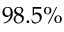
9 8 . 5 \%